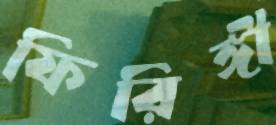
ফিরিঙ্গী